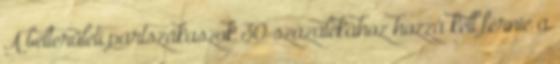
A belterületi partszakaszok 30 százalékához hozzá kell férnie a